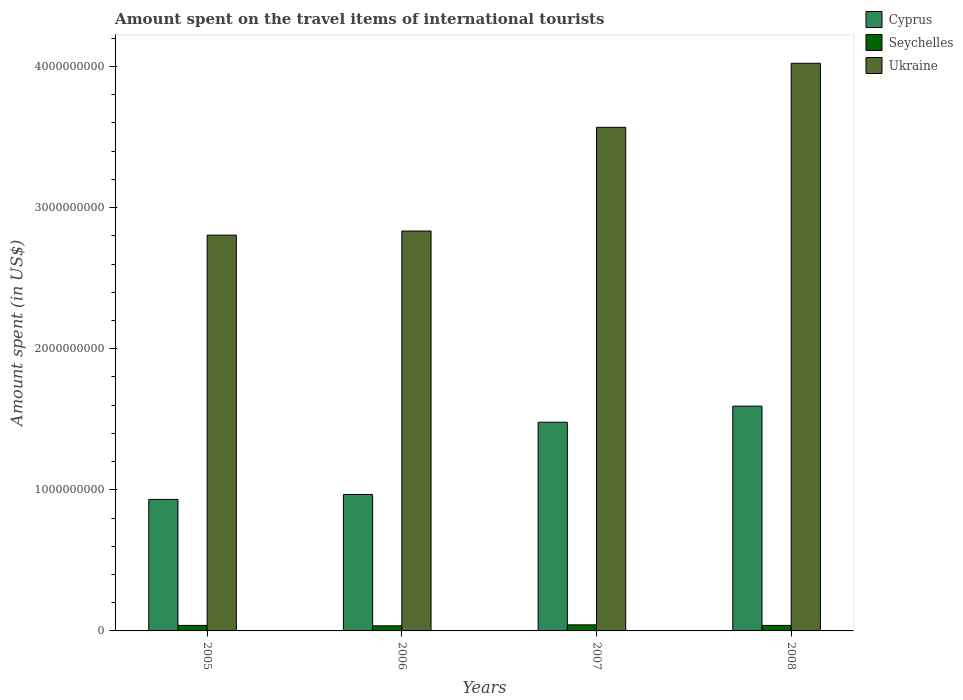
| Years | Cyprus | Seychelles | Ukraine |
 | --- | --- | --- | --- |
 | 2005 | 9.32e+08 | 3.9e+07 | 2.80e+09 |
 | 2006 | 9.67e+08 | 3.6e+07 | 2.83e+09 |
 | 2007 | 1.48e+09 | 4.3e+07 | 3.57e+09 |
 | 2008 | 1.59e+09 | 3.9e+07 | 4.02e+09 |